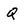
Character: Q